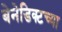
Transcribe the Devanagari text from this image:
बेनेडिक्टच्या